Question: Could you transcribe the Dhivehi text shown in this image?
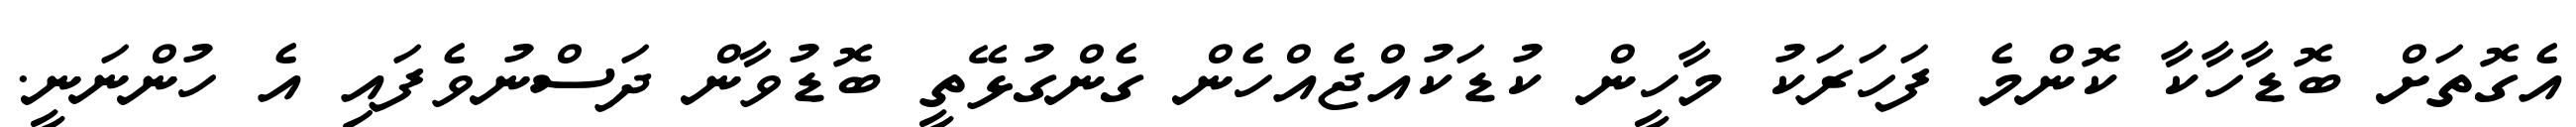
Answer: އެގޮތަށް ބޮޑާހާކާ ކޮންމެ ފަހަރަކު މާހީން ކުޑަކުއްޖެއްހެން ގެންގުޅޭތީ ބޮޑުވާން ދަސްނުވެފައި އެ ހުންނަނީ.